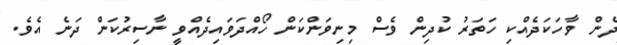
ދެން ވާހަކަދެއްކި ހަތަރު ކުދިން ވެސް މިނިވަންކަން ހޯއްދަވައިދެއްވީ ނާސިރުކަން ދަނެ އެވެ.